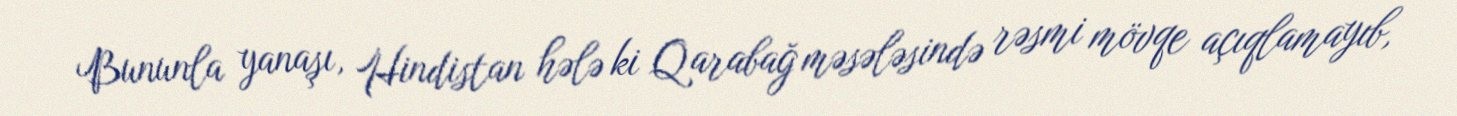
Bununla yanaşı, Hindistan hələ ki Qarabağ məsələsində rəsmi mövqe açıqlamayıb,